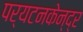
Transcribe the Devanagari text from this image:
पर्यटनकेन्द्र